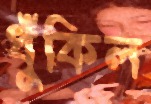
ধুঁকিল